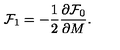
{ \cal F } _ { 1 } = - \frac { 1 } { 2 } \frac { \partial { \cal F } _ { 0 } } { \partial M } .